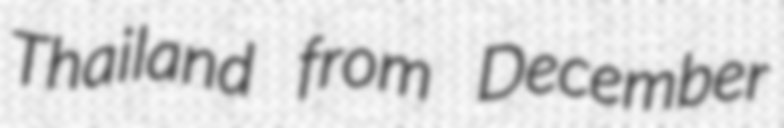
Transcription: Thailand from December